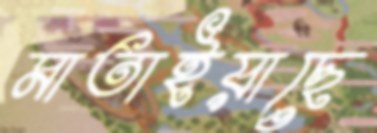
মাতাইয়াছে